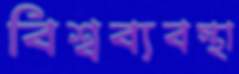
বিশ্বব্যবস্থা